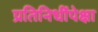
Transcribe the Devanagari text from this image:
प्रतिनिधींपेक्षा